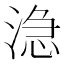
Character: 㴔